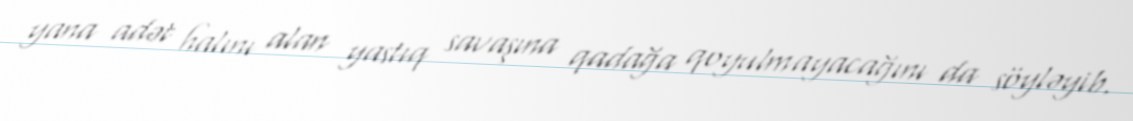
yana adət halını alan yastıq savaşına qadağa qoyulmayacağını da söyləyib.